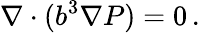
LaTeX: \nabla\cdot(b^{3}\nabla P)=0\, .